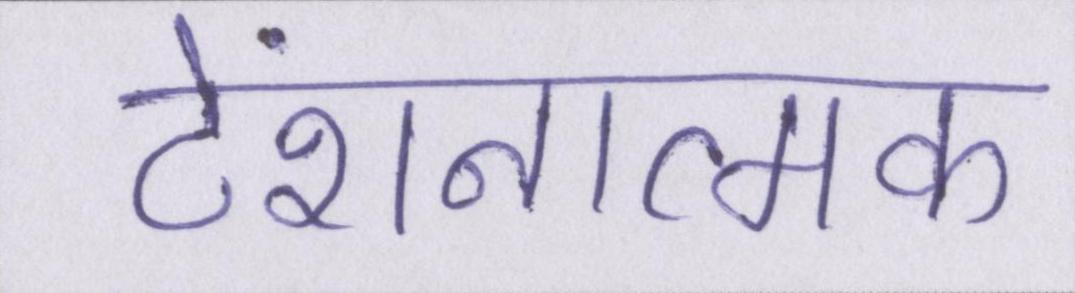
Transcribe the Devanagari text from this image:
टेंशनात्मक